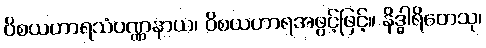
ဝိစယဟာရသံဝဏ္ဏနာယ၊ ဝိစယဟာရအဖွင့်ဖြင့်။ နိဒ္ဓါရိတေသု၊